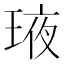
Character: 𤥿